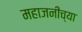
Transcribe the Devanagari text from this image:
महाजनींच्या